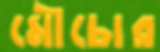
মৌচোর